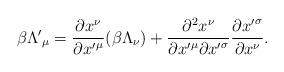
LaTeX: \begin{align*}\beta{\Lambda'}_\mu = \frac{\partial x^\nu}{\partial {x'}^\mu} (\beta\Lambda_\nu) + \frac{\partial^2 x^\nu}{{\partial {x'}^\mu}{\partial{x'}^\sigma}} \frac{\partial {x'}^\sigma}{\partial x^\nu}.\end{align*}